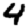
Digit: 4